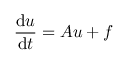
{ \frac { \mathrm { d } u } { \mathrm { d } t } } = A u + f